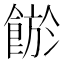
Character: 𩜏